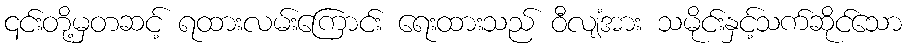
၎င်းတို့မှတဆင့် ရထားလမ်းကြောင်း ရေးထားသည် ဝီလျံအား သမိုင်းနှင့်သက်ဆိုင်သော